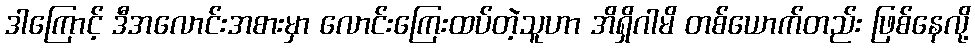
ဒါကြောင့် ဒီအလောင်းအစားမှာ လောင်းကြေးထပ်တဲ့သူဟာ အိရှိဂါမိ တစ်ယောက်တည်း ဖြစ်နေလို့